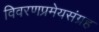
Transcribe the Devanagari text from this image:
विवरणप्रमेयसंग्रह